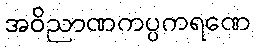
အဝိညာဏကပ္ပကရဏေ